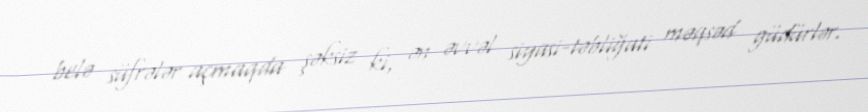
belə süfrələr açmaqda şəksiz ki, ən əvvəl siyasi-təbliğati məqsəd güdürlər.